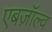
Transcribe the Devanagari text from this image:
एबज़ॉल्व